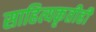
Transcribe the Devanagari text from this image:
साहित्यकृतीही